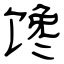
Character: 馋